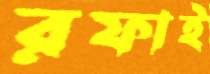
রফাই